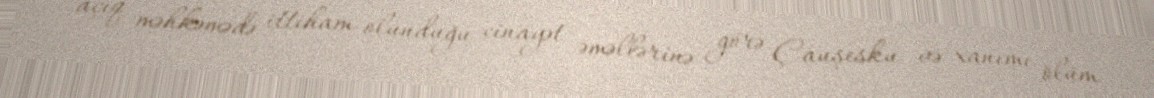
açıq məhkəmədə ittiham olunduğu cinayət əməllərinə görə Çauşesku və xanımı ölüm